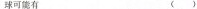
球可能有 （）